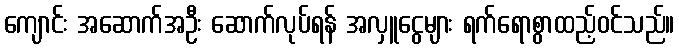
ကျောင်း အဆောက်အဦး ဆောက်လုပ်ရန် အလှူငွေများ ရက်ရောစွာထည့်ဝင်သည်။